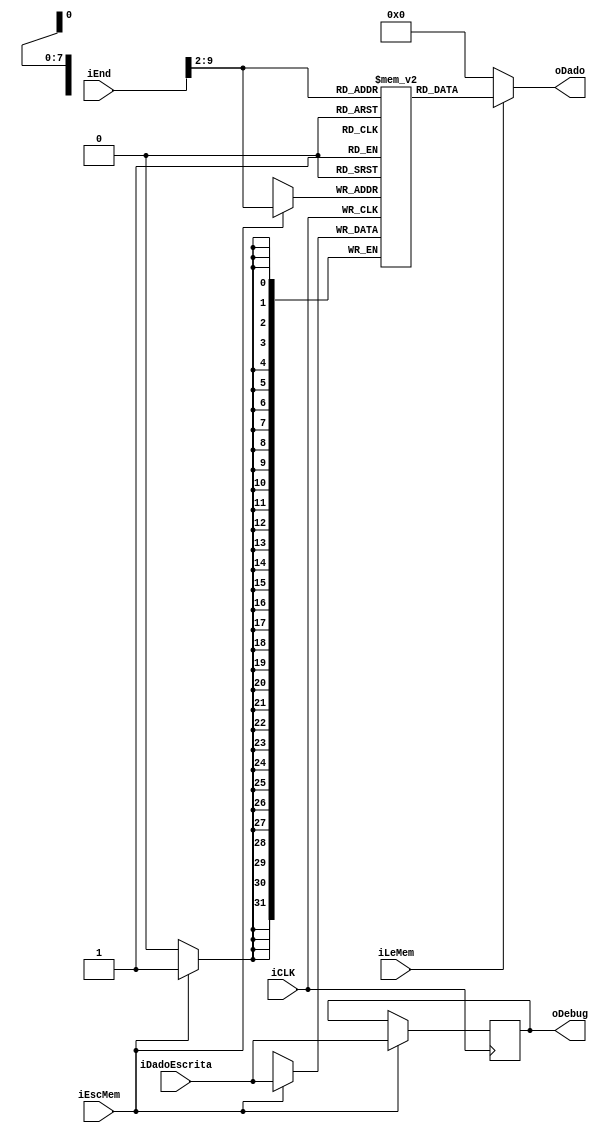
module MemDados(
	input wire iCLK,
	input [31:0] iEnd,
	input [31:0] iDadoEscrita,
	input wire iEscMem, iLeMem,
	output [31:0] oDado,
	output [31:0] oDebug
);

reg [31:0] BancoMem[0:255];

reg [8:0] i;	

initial 
begin
	for(i = 0; i <= 255; i = i + 1'b1)
		BancoMem[i] = 32'b0;
	BancoMem[0] = 32'b1;			// valor inicializado hardcoded para o valor de a0
	BancoMem[1] = 32'd2;			
	BancoMem[2] = 32'd3;
	BancoMem[3] = 32'd4;
	BancoMem[4] = 32'd5;			// valor inicializado hardcoded para o valor de a1
	BancoMem[5] = 32'd6;
	BancoMem[6] = 32'd7;
	BancoMem[7] = 32'd8;
end

always @(posedge iCLK)
begin
	if(iEscMem)
	begin
		BancoMem[iEnd>>2] <= iDadoEscrita;
		oDebug <= iDadoEscrita;
	end
end

assign oDado = (iLeMem == 1'b1) ? BancoMem[iEnd>>2] : 32'b0;

endmodule